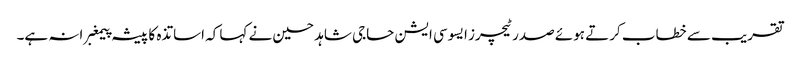
تقریب سے خطاب کرتے ہوئے صدر ٹیچرز ایسوسی ایشن حاجی شاہد حسین نے کہا کہ اساتذہ کا پیشہ پیمغبرانہ ہے۔